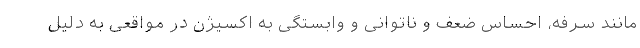
مانند سرفه، احساس ضعف و ناتوانی و وابستگی به اکسیژن در مواقعی به دلیل